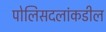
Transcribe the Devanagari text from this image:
पोलिसदलांकडील